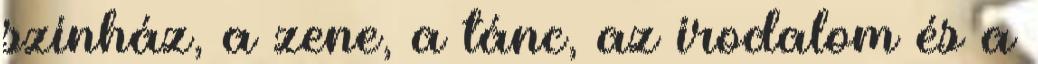
színház, a zene, a tánc, az irodalom és a